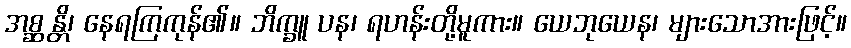
အစ္ဆန္တိ၊ နေရကြကုန်၏။ ဘိက္ခူ ပန၊ ရဟန်းတို့မူကား။ ယေဘုယေန၊ များသောအားဖြင့်။